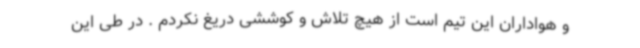
و هواداران این تیم است از هیچ تلاش و کوششی دریغ نکردم . در طی این